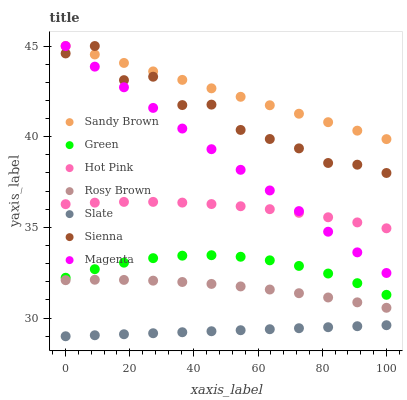
| xaxis_label | Sandy Brown | Green | Hot Pink | Rosy Brown | Slate | Sienna | Magenta |
 | --- | --- | --- | --- | --- | --- | --- | --- |
 | 0 | 45 | 32.2 | 36.3 | 32.1 | 29 | 44.6 | 45 |
 | 9.09 | 44.5 | 32.7 | 36.4 | 32.1 | 29.1 | 45 | 43.9 |
 | 18.2 | 44.1 | 33.1 | 36.4 | 32.1 | 29.1 | 43.1 | 42.7 |
 | 27.3 | 43.6 | 33.3 | 36.4 | 32.1 | 29.2 | 43.3 | 41.6 |
 | 36.4 | 43.1 | 33.4 | 36.4 | 32 | 29.2 | 41.7 | 40.5 |
 | 45.5 | 42.7 | 33.5 | 36.3 | 31.9 | 29.3 | 41.8 | 39.3 |
 | 54.5 | 42.2 | 33.4 | 36.2 | 31.7 | 29.3 | 40.4 | 38.2 |
 | 63.6 | 41.7 | 33.2 | 36 | 31.6 | 29.4 | 39.9 | 37 |
 | 72.7 | 41.3 | 32.9 | 35.8 | 31.4 | 29.4 | 39.4 | 35.9 |
 | 81.8 | 40.8 | 32.5 | 35.6 | 31.1 | 29.5 | 38.6 | 34.8 |
 | 90.9 | 40.3 | 31.9 | 35.3 | 30.9 | 29.6 | 38.5 | 33.6 |
 | 100 | 39.9 | 31.3 | 35 | 30.6 | 29.6 | 38 | 32.5 |